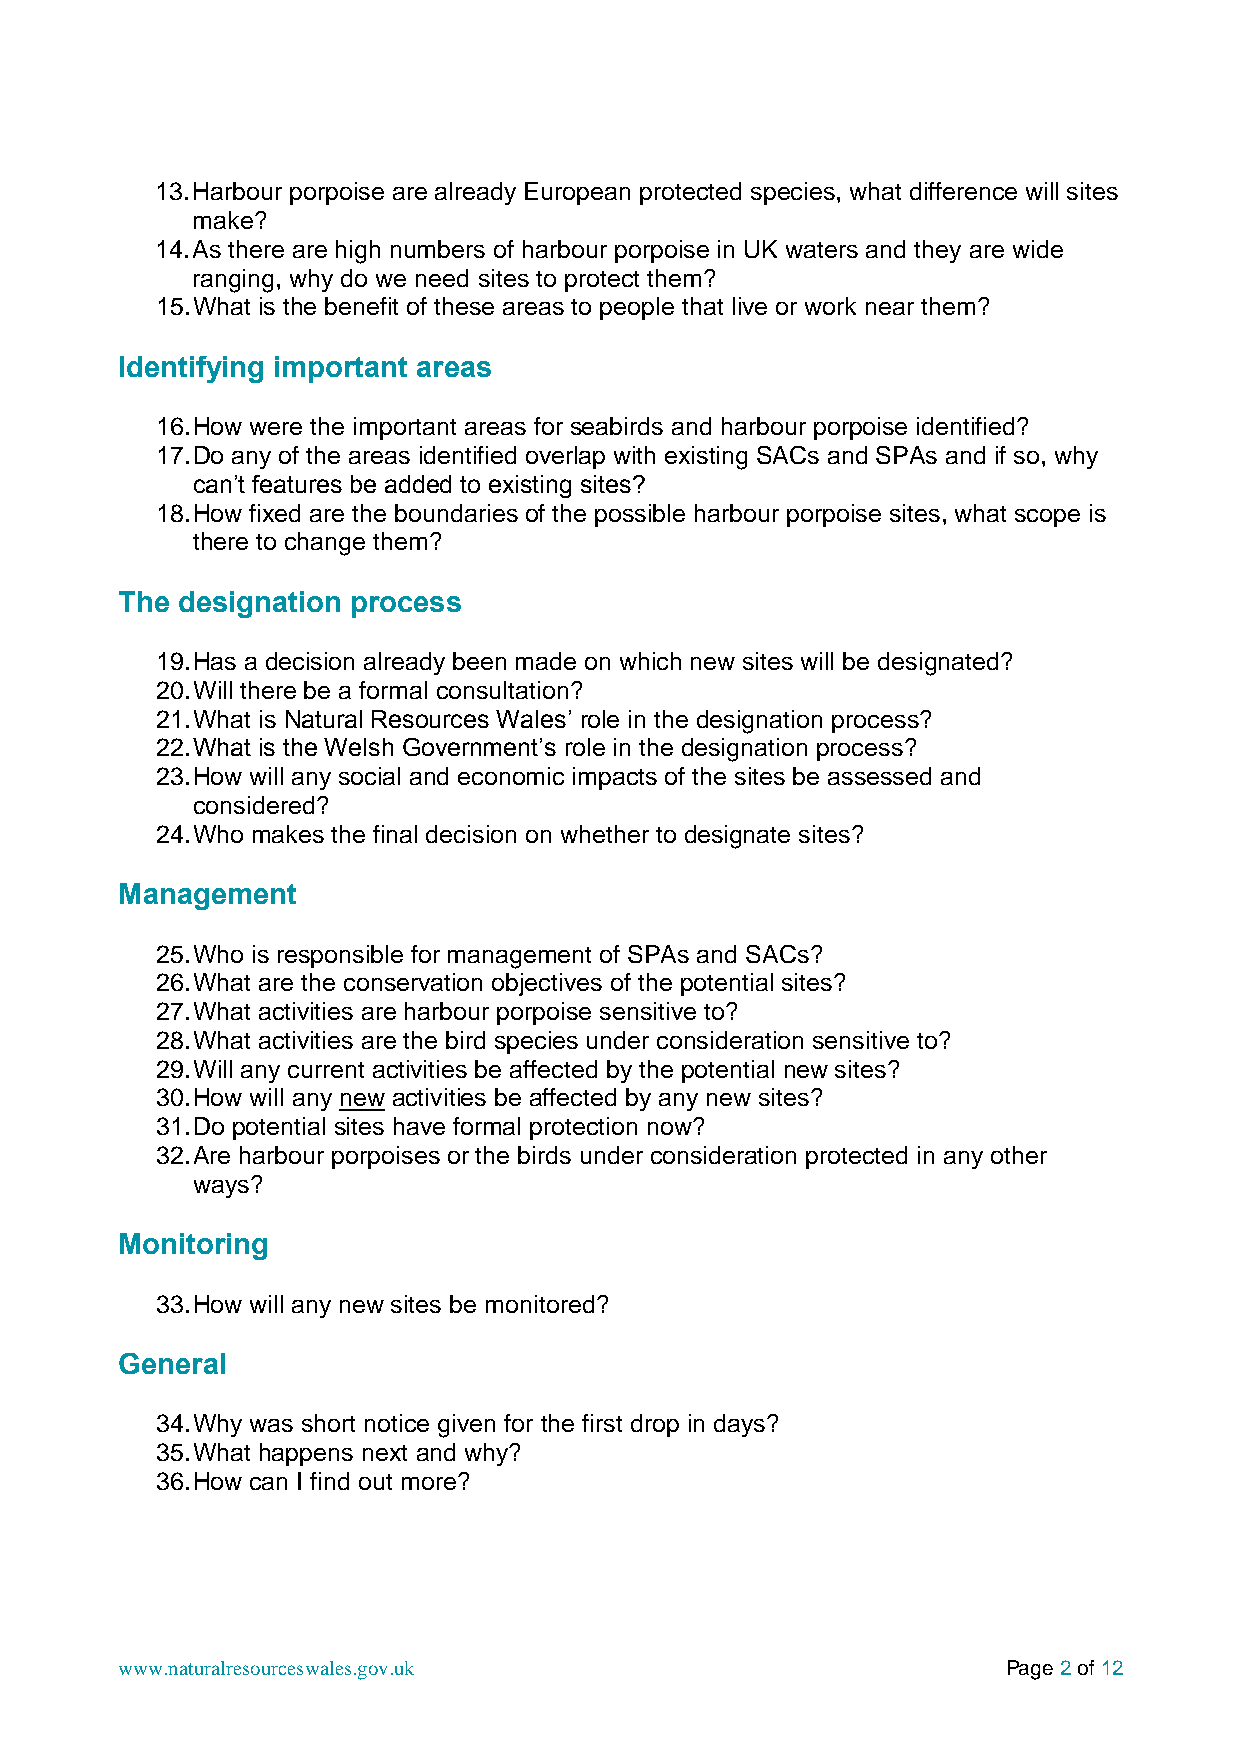
13. Harbour porpoise are already European protected species, what difference will sites
 make?
 14. As there are high numbers of harbour porpoise in UK waters and they are wide
 ranging, why do we need sites to protect them?
 15. What is the benefit of these areas to people that live or work near them?
 Identifying important areas
 16. How were the important areas for seabirds and harbour porpoise identified?
 17. Do any of the areas identified overlap with existing SACs and SPAs and if so, why
 can’t features be added to existing sites?
 18. How fixed are the boundaries of the possible harbour porpoise sites, what scope is
 there to change them?
 The designation process
 19. Has a decision already been made on which new sites will be designated?
 20. Will there be a formal consultation?
 21. What is Natural Resources Wales’ role in the designation process?
 22. What is the Welsh Government’s role in the designation process?
 23. How will any social and economic impacts of the sites be assessed and
 considered?
 24. Who makes the final decision on whether to designate sites?
 Management
 25. Who is responsible for management of SPAs and SACs?
 26. What are the conservation objectives of the potential sites?
 27. What activities are harbour porpoise sensitive to?
 28. What activities are the bird species under consideration sensitive to?
 29. Will any current activities be affected by the potential new sites?
 30. How will any new activities be affected by any new sites?
 31. Do potential sites have formal protection now?
 32. Are harbour porpoises or the birds under consideration protected in any other
 ways?
 Monitoring
 33. How will any new sites be monitored?
 General
 34. Why was short notice given for the first drop in days?
 35. What happens next and why?
 36. How can I find out more?
 www.naturalresourceswales.gov.uk                           Page 2 of 12